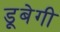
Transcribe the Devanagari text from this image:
डूबेगी